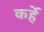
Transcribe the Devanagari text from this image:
कर्हे